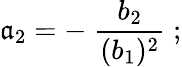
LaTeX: \mathfrak{a}_{2}=-\; {\frac{{b_{2}}}{{(b_{1})^{2}}}}\; ;